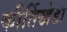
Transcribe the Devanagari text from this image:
कीर्तिखेडा